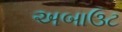
અબાઉટ